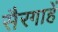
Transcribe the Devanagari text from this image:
सैरगाहें